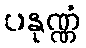
ပနုဏ္ဏံ